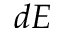
d E